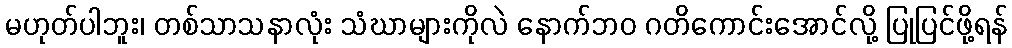
မဟုတ်ပါဘူး၊ တစ်သာသနာလုံး သံဃာများကိုလဲ နောက်ဘဝ ဂတိကောင်းအောင်လို့ ပြုပြင်ဖို့ရန်